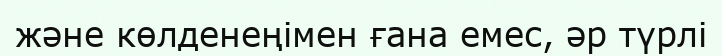
және көлденеңімен ғана емес, әр түрлі